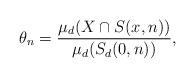
LaTeX: \begin{align*}\theta_n= \frac{\mu_d(X\cap S(x,n))}{\mu_d(S_d(0,n))},\end{align*}